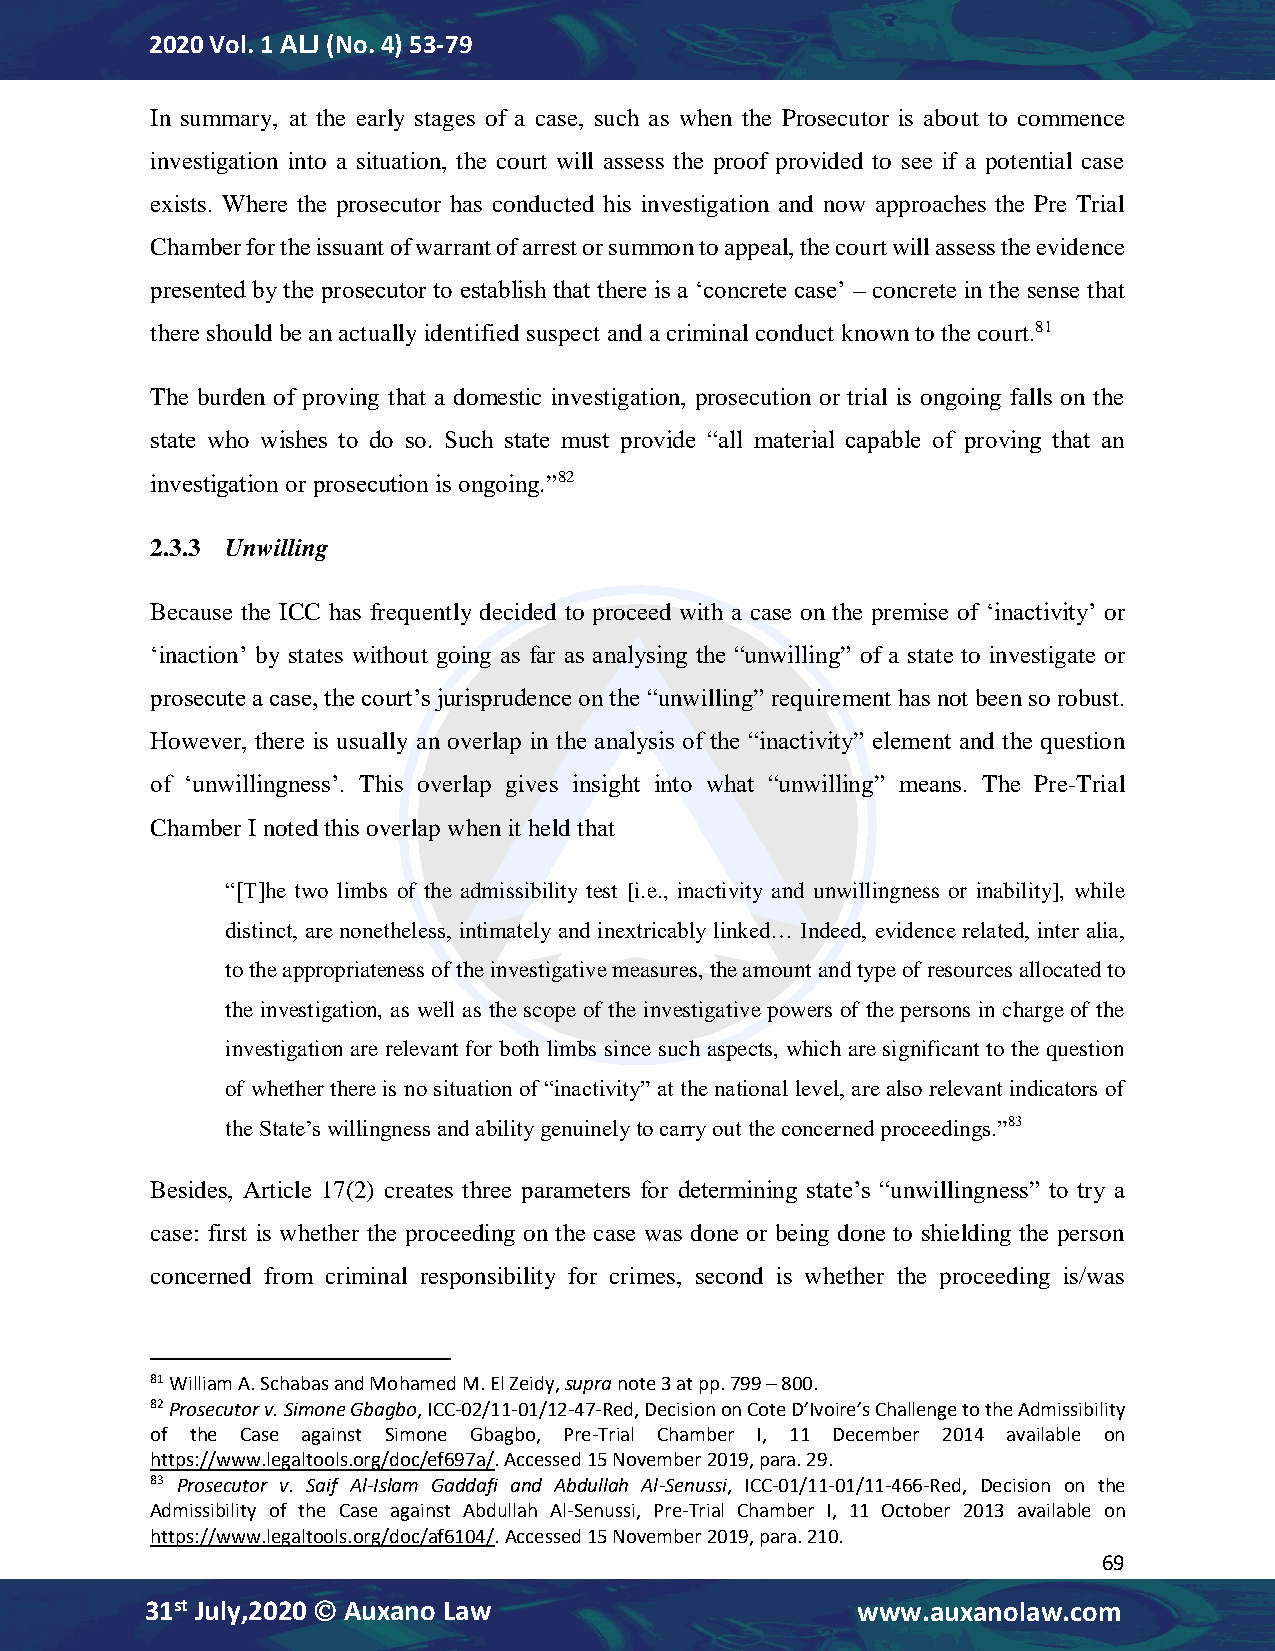
2020 Vol. 1 ALJ (No. 4) 53-79
 In summary, at the early stages of a case, such as when the Prosecutor is about to commence
 investigation into a situation, the court will assess the proof provided to see if a potential case
 exists. Where the prosecutor has conducted his investigation and now approaches the Pre Trial
 Chamber for the issuant of warrant of arrest or summon to appeal, the court will assess the evidence
 presented by the prosecutor to establish that there is a ‘concrete case’ – concrete in the sense that
 there should be an actually identified suspect and a criminal conduct known to the court.81
 The burden of proving that a domestic investigation, prosecution or trial is ongoing falls on the
 state who wishes to do so. Such state must provide “all material capable of proving that an
 investigation or prosecution is ongoing.”82
 2.3.3 Unwilling
 Because the ICC has frequently decided to proceed with a case on the premise of ‘inactivity’ or
 ‘inaction’ by states without going as far as analysing the “unwilling” of a state to investigate or
 prosecute a case, the court’s jurisprudence on the “unwilling” requirement has not been so robust.
 However, there is usually an overlap in the analysis of the “inactivity” element and the question
 of ‘unwillingness’. This overlap gives insight into what “unwilling” means. The Pre-Trial
 Chamber I noted this overlap when it held that
 “[T]he two limbs of the admissibility test [i.e., inactivity and unwillingness or inability], while
 distinct, are nonetheless, intimately and inextricably linked… Indeed, evidence related, inter alia,
 to the appropriateness of the investigative measures, the amount and type of resources allocated to
 the investigation, as well as the scope of the investigative powers of the persons in charge of the
 investigation are relevant for both limbs since such aspects, which are significant to the question
 of whether there is no situation of “inactivity” at the national level, are also relevant indicators of
 the State’s willingness and ability genuinely to carry out the concerned proceedings.”83
 Besides, Article 17(2) creates three parameters for determining state’s “unwillingness” to try a
 case: first is whether the proceeding on the case was done or being done to shielding the person
 concerned from criminal responsibility for crimes, second is whether the proceeding is/was
 81 William A. Schabas and Mohamed M. El Zeidy, supra note 3 at pp. 799 – 800.
 82 Prosecutor v. Simone Gbagbo, ICC-02/11-01/12-47-Red, Decision on Cote D’Ivoire’s Challenge to the Admissibility
 of the Case against Simone Gbagbo, Pre-Trial Chamber I, 11 December 2014 available on
 https://www.legaltools.org/doc/ef697a/. Accessed 15 November 2019, para. 29.
 83 Prosecutor v. Saif Al-Islam Gaddafi and Abdullah Al-Senussi, ICC-01/11-01/11-466-Red, Decision on the
 Admissibility of the Case against Abdullah Al-Senussi, Pre-Trial Chamber I, 11 October 2013 available on
 https://www.legaltools.org/doc/af6104/. Accessed 15 November 2019, para. 210.
 69
 31st July,2020  Auxano Law                    www.auxanolaw.com